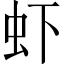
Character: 虾